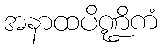
အနာထပိဏ္ဍိကံ